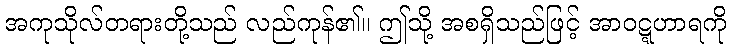
အကုသိုလ်တရားတို့သည် လည်ကုန်၏။ ဤသို့ အစရှိသည်ဖြင့် အာဝဋ္ဋဟာရကို